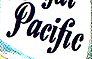
Pacific